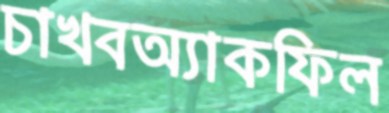
চাখবঅ্যাকফিল